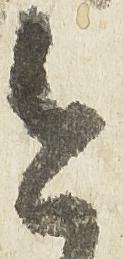
今